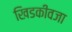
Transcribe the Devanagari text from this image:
खिडकीवजा